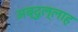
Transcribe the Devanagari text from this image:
अब्‍दुल्‍लाह